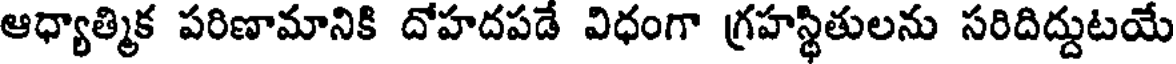
ఆధ్యాత్మిక పరిణామానికి దోహదపడే విధంగా గ్రహస్థితులను సరిదిద్దుటయే